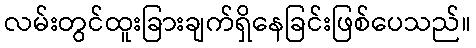
လမ်းတွင်ထူးခြားချက်ရှိနေခြင်းဖြစ်ပေသည်။